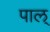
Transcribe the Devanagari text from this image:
पाल्